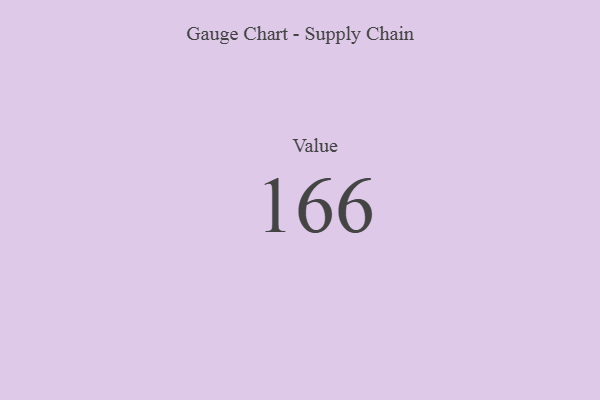
{"axis": {"x": "Metric", "y": "Value"}, "legend": [""], "data": [{"x": "Value", "y": 166, "type": ""}]}